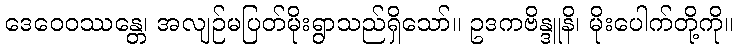
ဒေဝေဝဿန္တေ၊ အလျဉ်မပြတ်မိုးရွာသည်ရှိသော်။ ဥဒကဗိန္ဒူနိ၊ မိုးပေါက်တို့ကို။